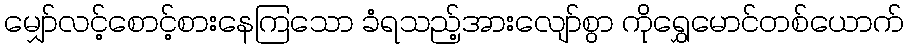
မျှော်လင့်စောင့်စားနေကြသော ခံရသည့်အားလျော်စွာ ကိုရွှေမောင်တစ်ယောက်